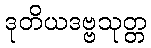
ဒုတိယဒဗ္ဗသုတ္တ